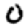
Digit: 0